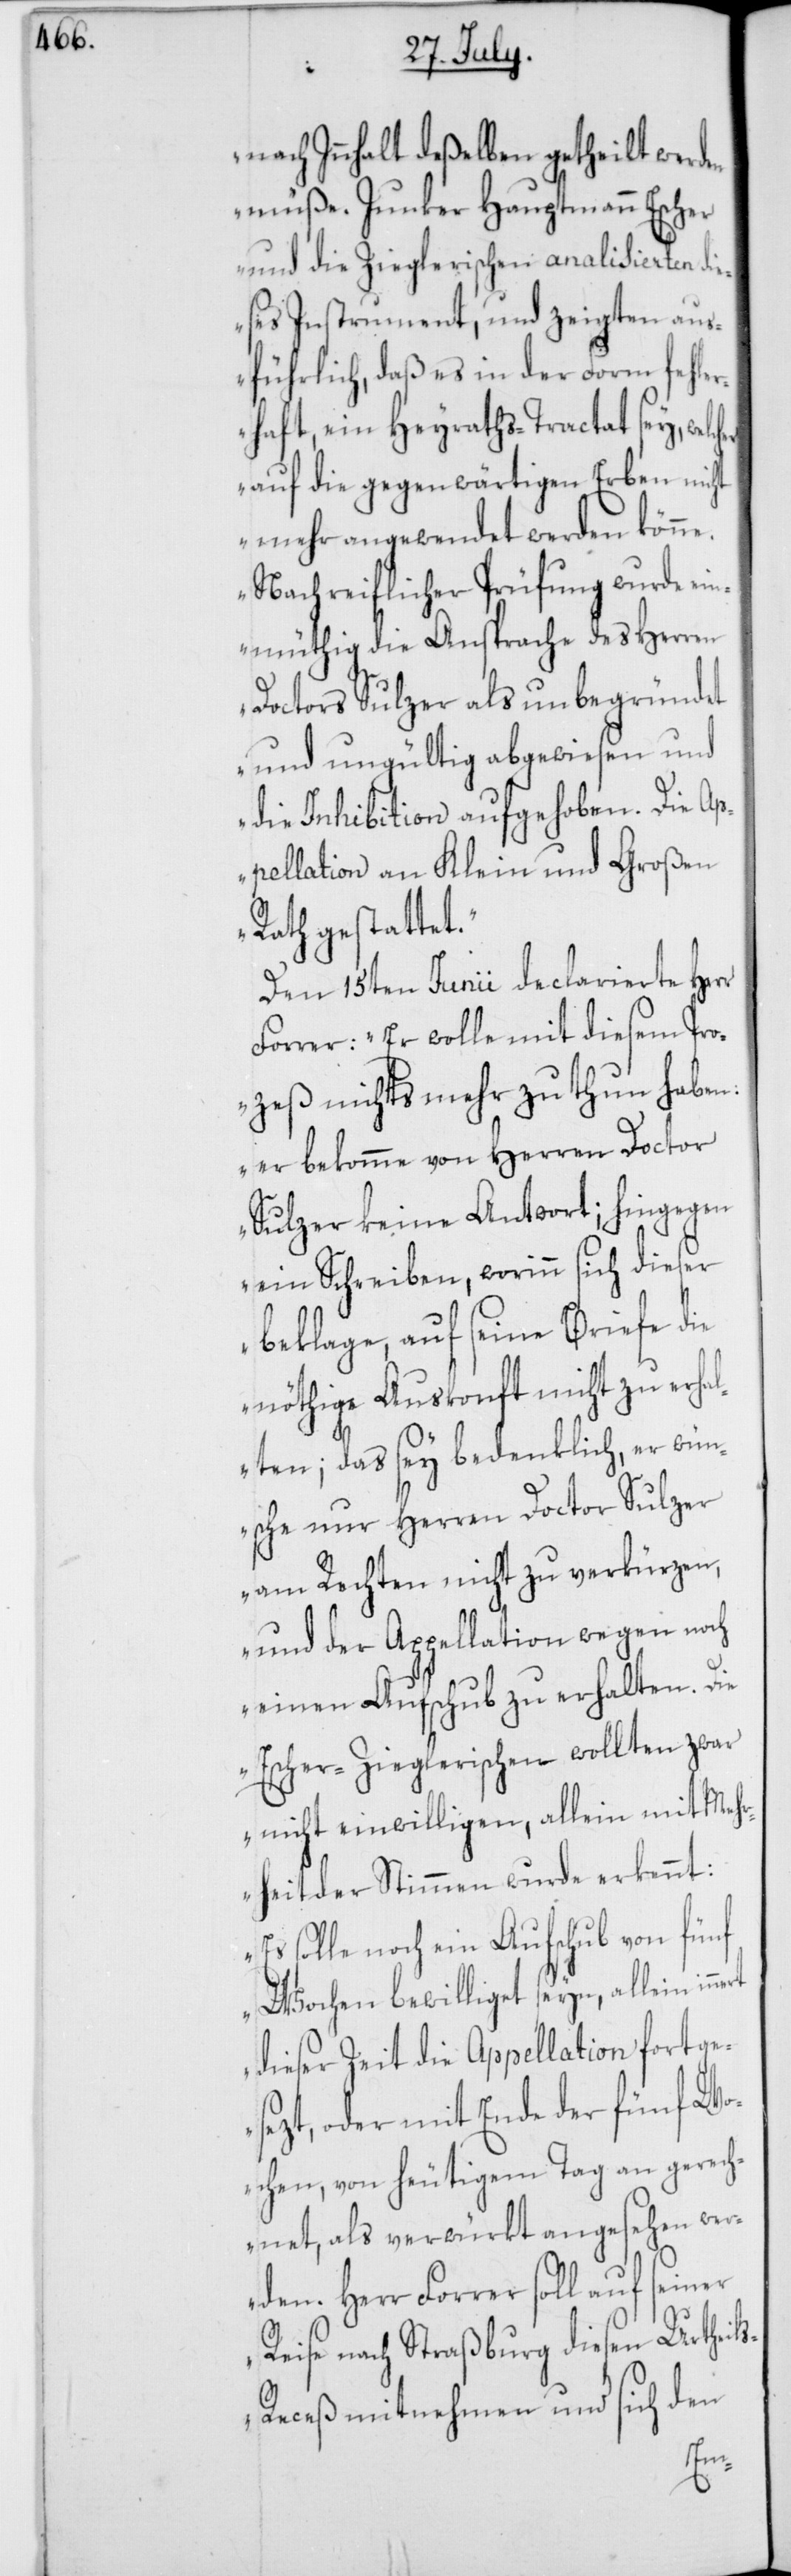
er
nach Innhalt deßelben getheilt werden
müße. Junker Hauptmann Escher
und die Zieglerischen analysierten die¬
ses Instrument, und zeigten aus¬
führlich, daß es in der Form fehle¬
rhaft, ein Heiyaths-Tractat sey, welch¬
auf die gegenwärtigen Erben nicht
mehr angewendet werden könne.
Nach reiflicher Prüfung wurde ein¬
müthig die Ansprache des Herren
Doctors Sulzer als unbegründet
und ungültig abgewiesen und
die Inhibition aufgehoben. Die Ap¬
pellation an Klein und Großen
Rath gestattet.“
Den 15ten Junii declarierte Herr
Forrer: „Er wolle mit diesem Pro¬
zeß nichts mehr zu thun haben:
er bekomme von Herren Doctor
Sulzer keine Antwort; hingegen
ein Schreiben, worinn sich dieser
beklage, auf seine Briefe die
nöthige Auskonft nicht zu erha¬
lten; das sey bedenklich, er wün¬
sche nur Herren Doctor Sulzer
am Rechten nicht zu verkürzen,
und der Appellation wegen noch
einen Aufschub zu erhalten. Die
Escher-Zieglerischen wollten zwar
nicht einwilligen, allein mit Meh¬
rheit der Stimmen wurden erkennt:
Es solle noch ein Aufschub von fünf
Wochen bewilliget seyn, allein
dieser Zeit die Appellation fortge¬
sezt, oder mit Ende der fünf Wo¬
chen, von heutigem Tag an gerech¬
net, als verwürkt angesehen wer¬
den. Herr Forrer soll auf seiner
Reise nach Straßburg diesen Urtheil¬
s-Receß mitnehmen und sich den